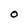
Character: O